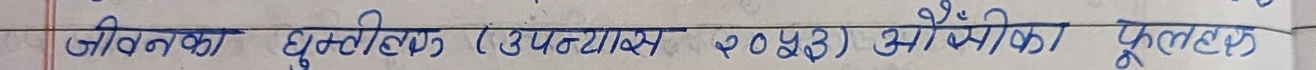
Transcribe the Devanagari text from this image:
जीवनको घुम्तीहर (उपन्यास २०४३) औँसीको फूलहरु